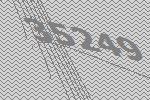
35249